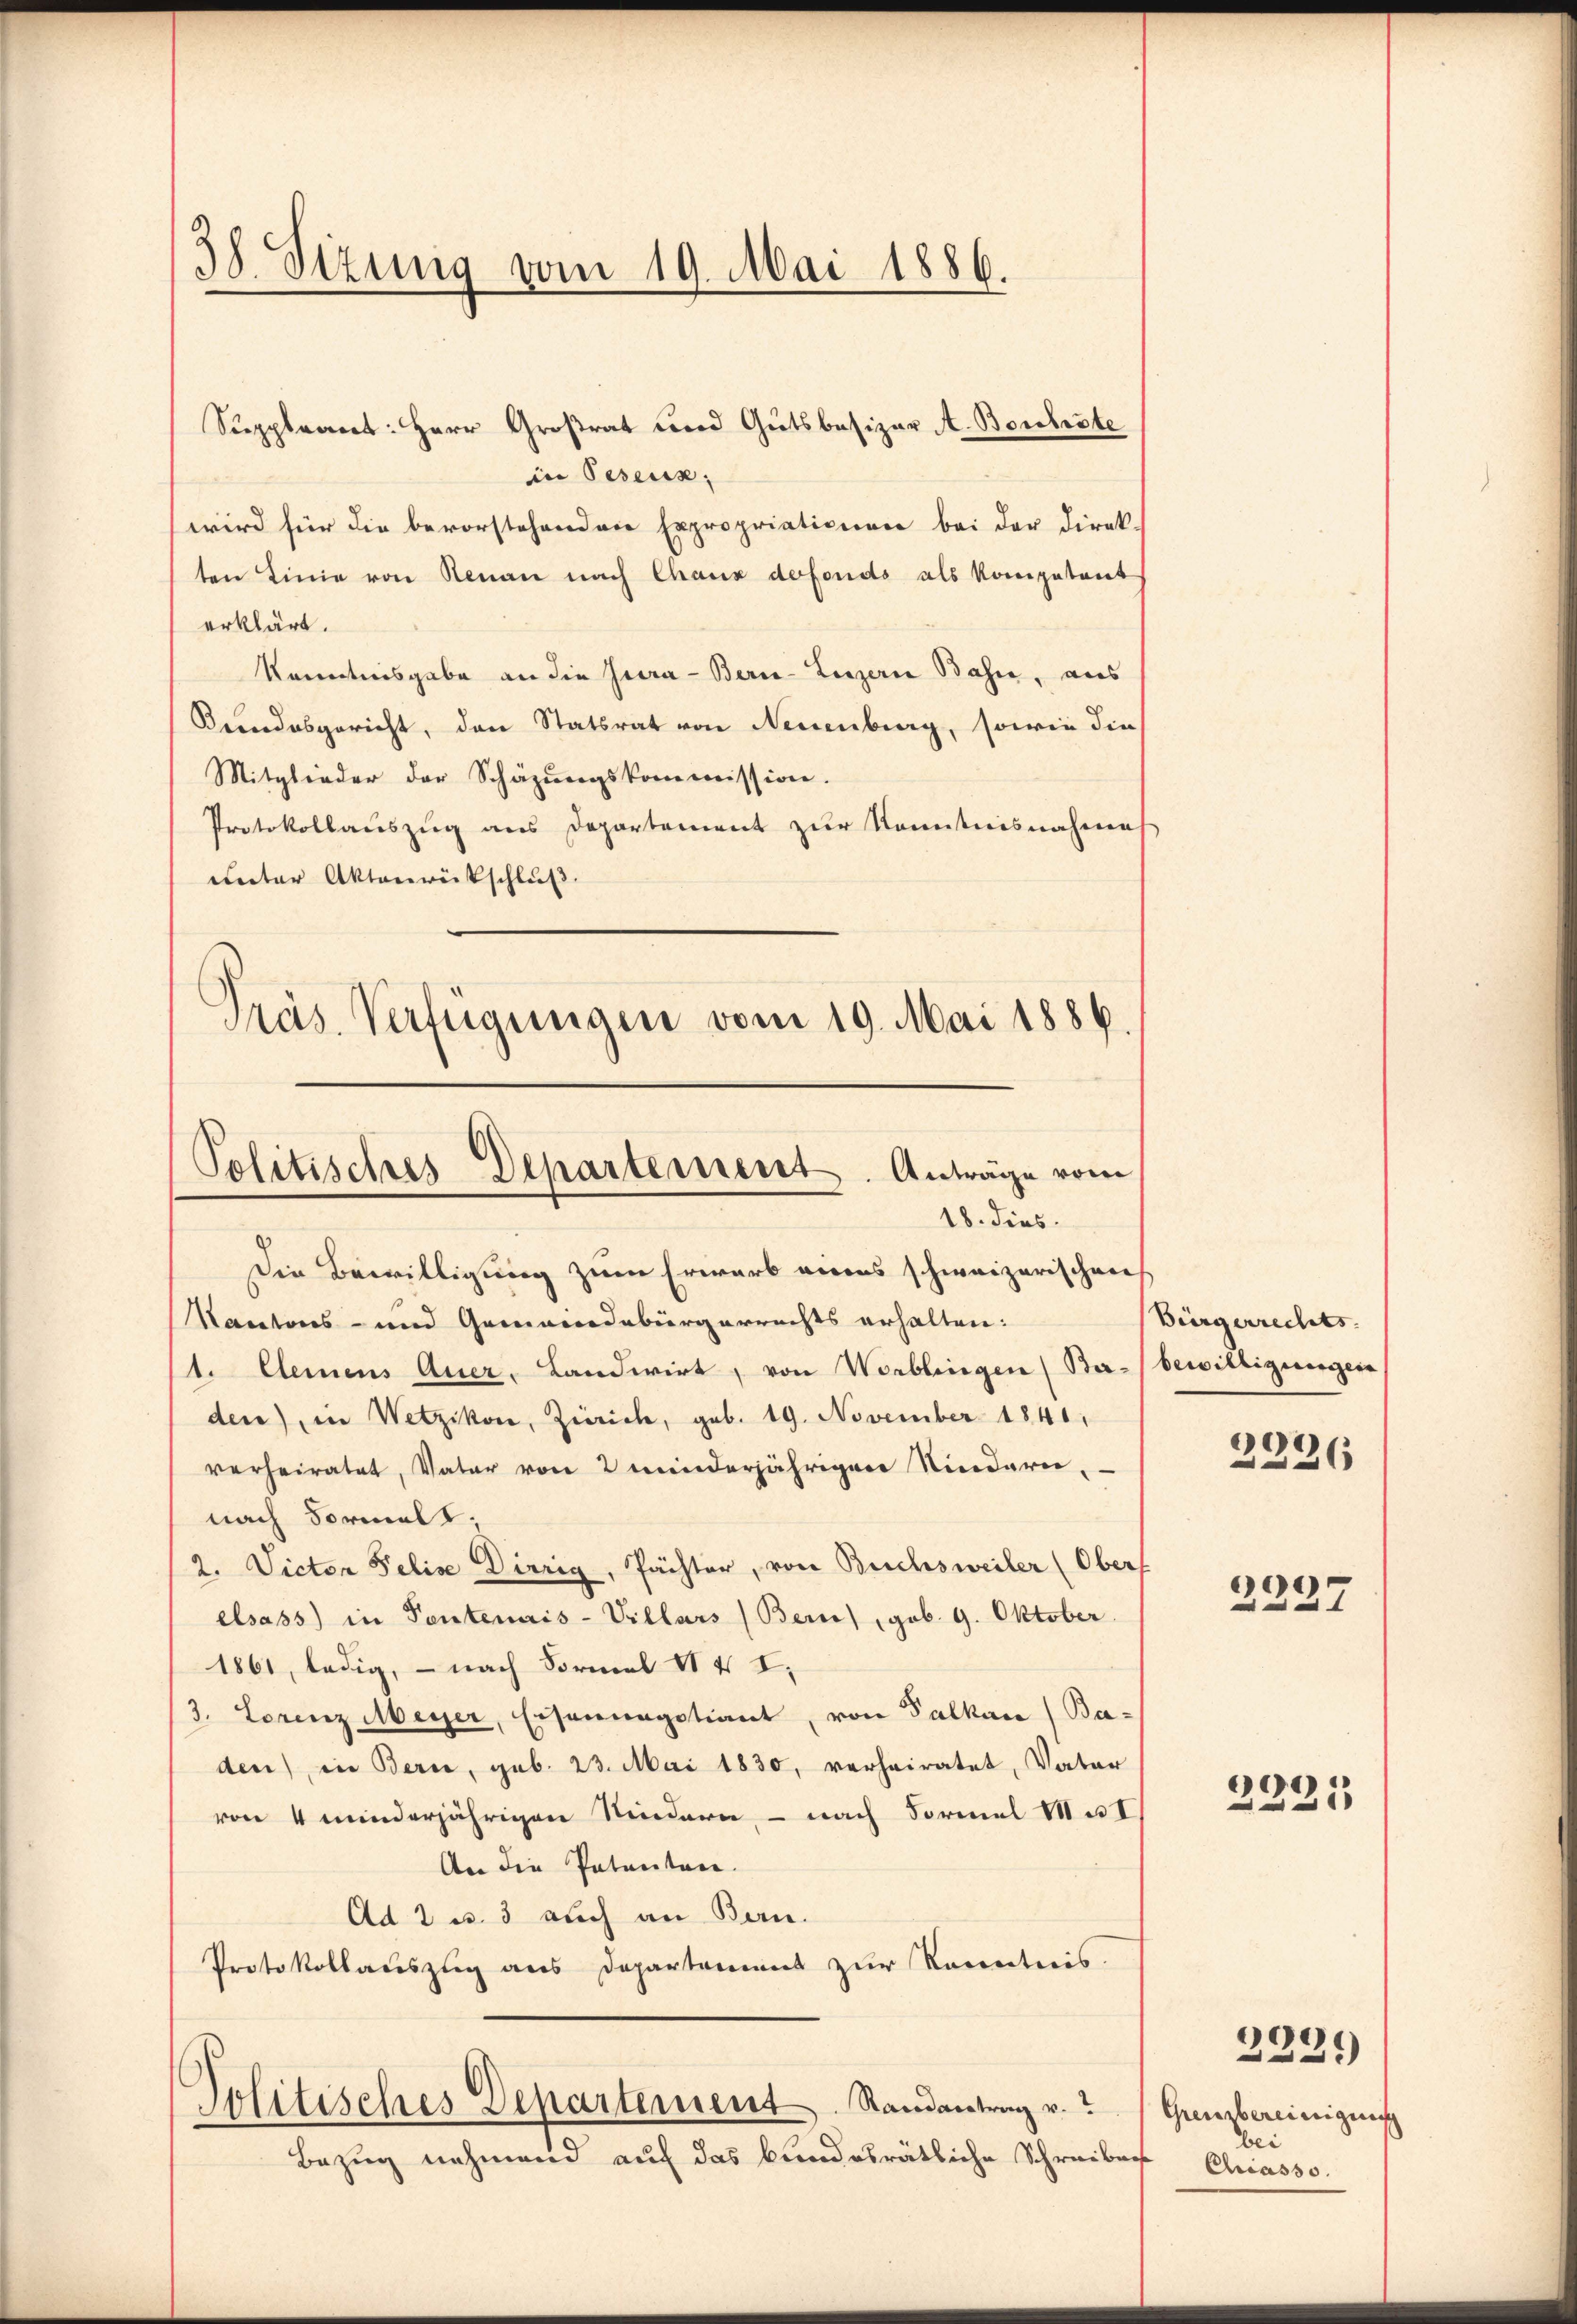
38. Sizung vom 19. Mai 1886.

Suppleant: Herr Großrat und Gutsbesizer A. Bonheste
in Peseux;
wird für die bevorstehendere Expropriationen bei der Direk-
ten Linie von Renau nach Chaux defonds als kompetent
erklärt.
Kenntnisgabe an die Jura - Bern-Linzern Bahn, aus
Keindesgericht, den Statsrat von Neuenburg, sowie die
Mitglieder der Schäzungskommission.
Protokollauszug aus Departement zur Kenntnisnahmes
unter Aktenrückschluß.

Präs. Verfügungen vom 19. Mai 1886.
Politisches Departement. Anträge vom
18. dies

Die Bewilligung zum Erwarb eines schweizerischen
Kantons- und Gemeindebürgerrechts erhalten:
1. Clemens Auer, Landwirt, von Worblingen (Ba-/ bewilligungen
den) in Wetzikon, Zürich, geb. 19. November 1841,
verheiratet, Vater von 2 minderjährigen Niederei
nach Formalt,
2. Victor Felis Dirrig, Pächter, von Buchsweiler (Oberf
elsass) in Tantenais-Villars (Bern), gob. 9. Oktober.
1861, ledig, — nach Formel II 4. I.
3. Lorenz Meyer, Eisonmagstiant, von Falkan (Ba-
den), in Bern, geb. 23. Mai 1830, verheiratet, Vater
von 4 minderjährigen Sindern - nach Formel Mat
An die Patenten.
Ad 2 u. 3 auch an Bern.
Protokollauszug aus Departement zur Kenntnis.
Politisches Departement. Randantrag v.
Bezug nehmend auf das bundesrätliche Schreiben

Bürgerrechts.
2236

1
u
37

e
223

Grenzbereinigung
Bei
Chiasso.

e